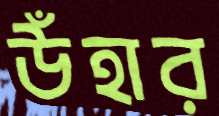
উঁহার